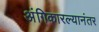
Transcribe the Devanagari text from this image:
अंगिकारल्यानंतर